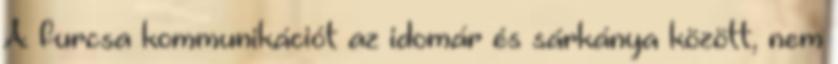
A furcsa kommunikációt az idomár és sárkánya között, nem